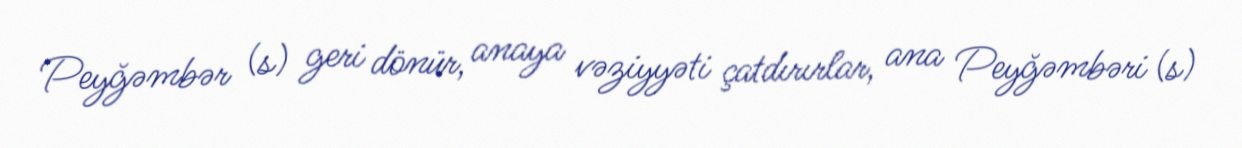
Peyğəmbər (s) geri dönür, anaya vəziyyəti çatdırırlar, ana Peyğəmbəri (s)